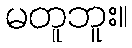
မတူဘူး။